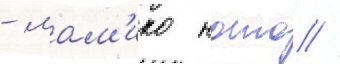
- мам'ико ното //